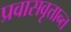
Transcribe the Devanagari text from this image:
प्रवासवृत्तान्त